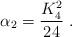
LaTeX: \begin{align*}\alpha_2 = \frac{K_4^2}{24} \; . \end{align*}